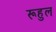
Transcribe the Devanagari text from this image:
रूहुल